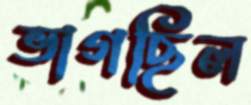
ভাগছিল